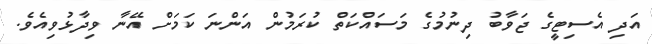
އަދި އެސިޓީގެ ޖަވާބު ދިނުމުގެ މަސައްކަތް ކުރަމުން އަންނަ ކަމަށް އޭނާ ވިދާޅުވިއެވެ.